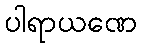
ပါရာယဏေ